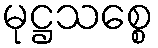
မုဋ္ဌသစ္စေ